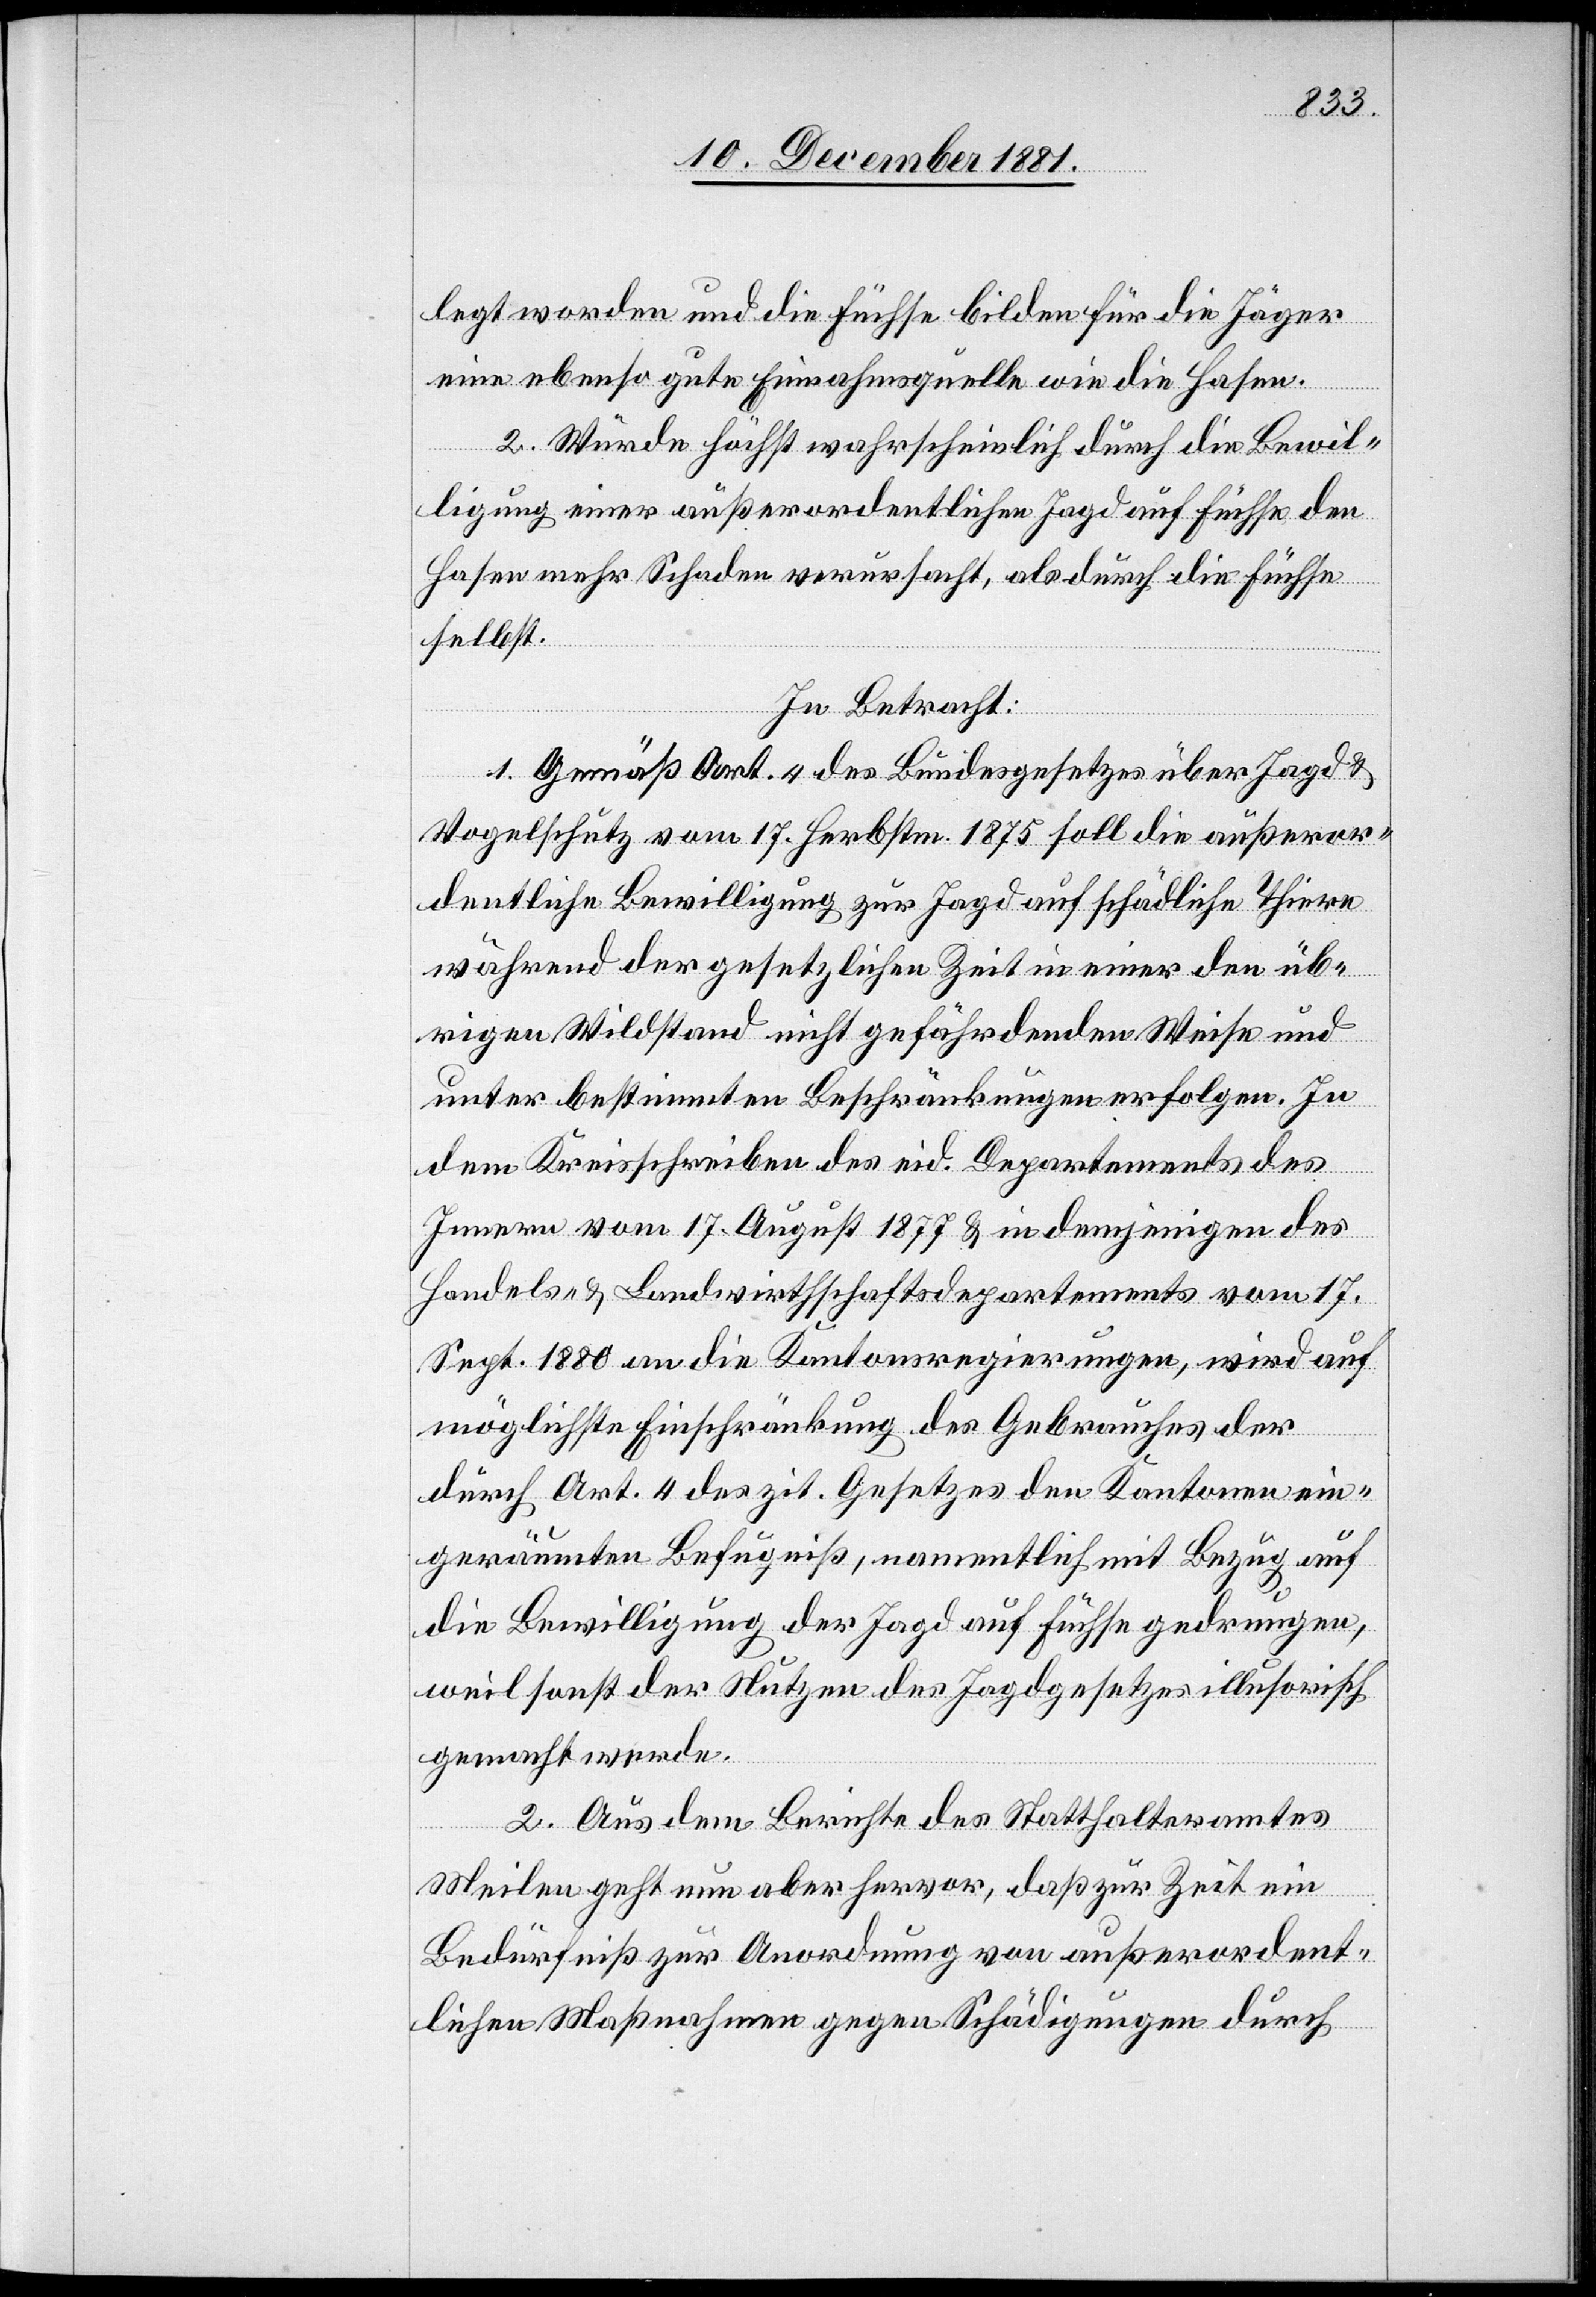
legt worden und die Füchse bilden für die Jäger
eine ebenso gute Einnahmsquelle wie die Hasen.
2. Würde höchst wahrscheinlich durch die Bewil¬
ligung einer außerordentlichen Jagd auf Füchse den
Hasen mehr Schaden verursacht, als durch die Füchse
selbst.
In Betracht:
1. Gemäß Art. 4 des Bundesgesetzes über Jagd &
Vogelschutz vom 17. Herbstm. 1875 soll die außeror¬
dentliche Bewilligung zur Jagd auf schädliche Thiere
während der gesetzlichen Zeit in einer den üb¬
rigen Wildstand nicht gefährdenden Weise und
unter bestimmten Beschränkungen erfolgen. In
dem Kreisschreiben des eid. Departements des
Innern vom 17. August 1877 & in demjenigen des
Handels- & Landwirthschaftsdepartements vom 17.
Sept. 1880 an die Kantonsregierungen, wird auf
möglichste Einschränkung des Gebrauches der
durch Art. 4 des zit. Gesetzes den Kantonen ein¬
geräumten Befugniß, namentlich mit Bezug auf
die Bewilligung der Jagd auf Füchse gedrungen,
weil sonst der Nutzen des Jagdgesetzes illusorisch
gemacht werde.
2. Aus dem Berichte des Statthalteramtes
Meilen geht nun aber hervor, daß zur Zeit ein
Bedürfniß zur Anordnung außerordent¬
lichen Maßnahmen gegen Schädigungen durch